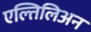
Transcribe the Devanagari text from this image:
एल्तिलिअन